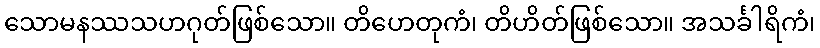
သောမနဿသဟဂုတ်ဖြစ်သော။ တိဟေတုကံ၊ တိဟိတ်ဖြစ်သော။ အသင်္ခါရိကံ၊